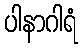
ပါနာဂါရံ